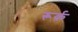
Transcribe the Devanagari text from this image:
रूर्क